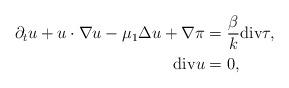
LaTeX: \begin{align*}\partial_t u+ u\cdot \nabla u-\mu_1\Delta u+\nabla\pi&=\frac{\beta}{k}\mathrm{div} \tau,\\\mathrm{div}u&=0,\end{align*}